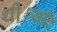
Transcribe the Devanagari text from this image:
थी।यदि